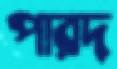
পারদ